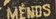
MENDS